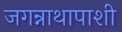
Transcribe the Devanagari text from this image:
जगन्नाथापाशी